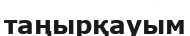
таңырқауым